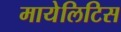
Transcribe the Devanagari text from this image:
मायेलिटिस